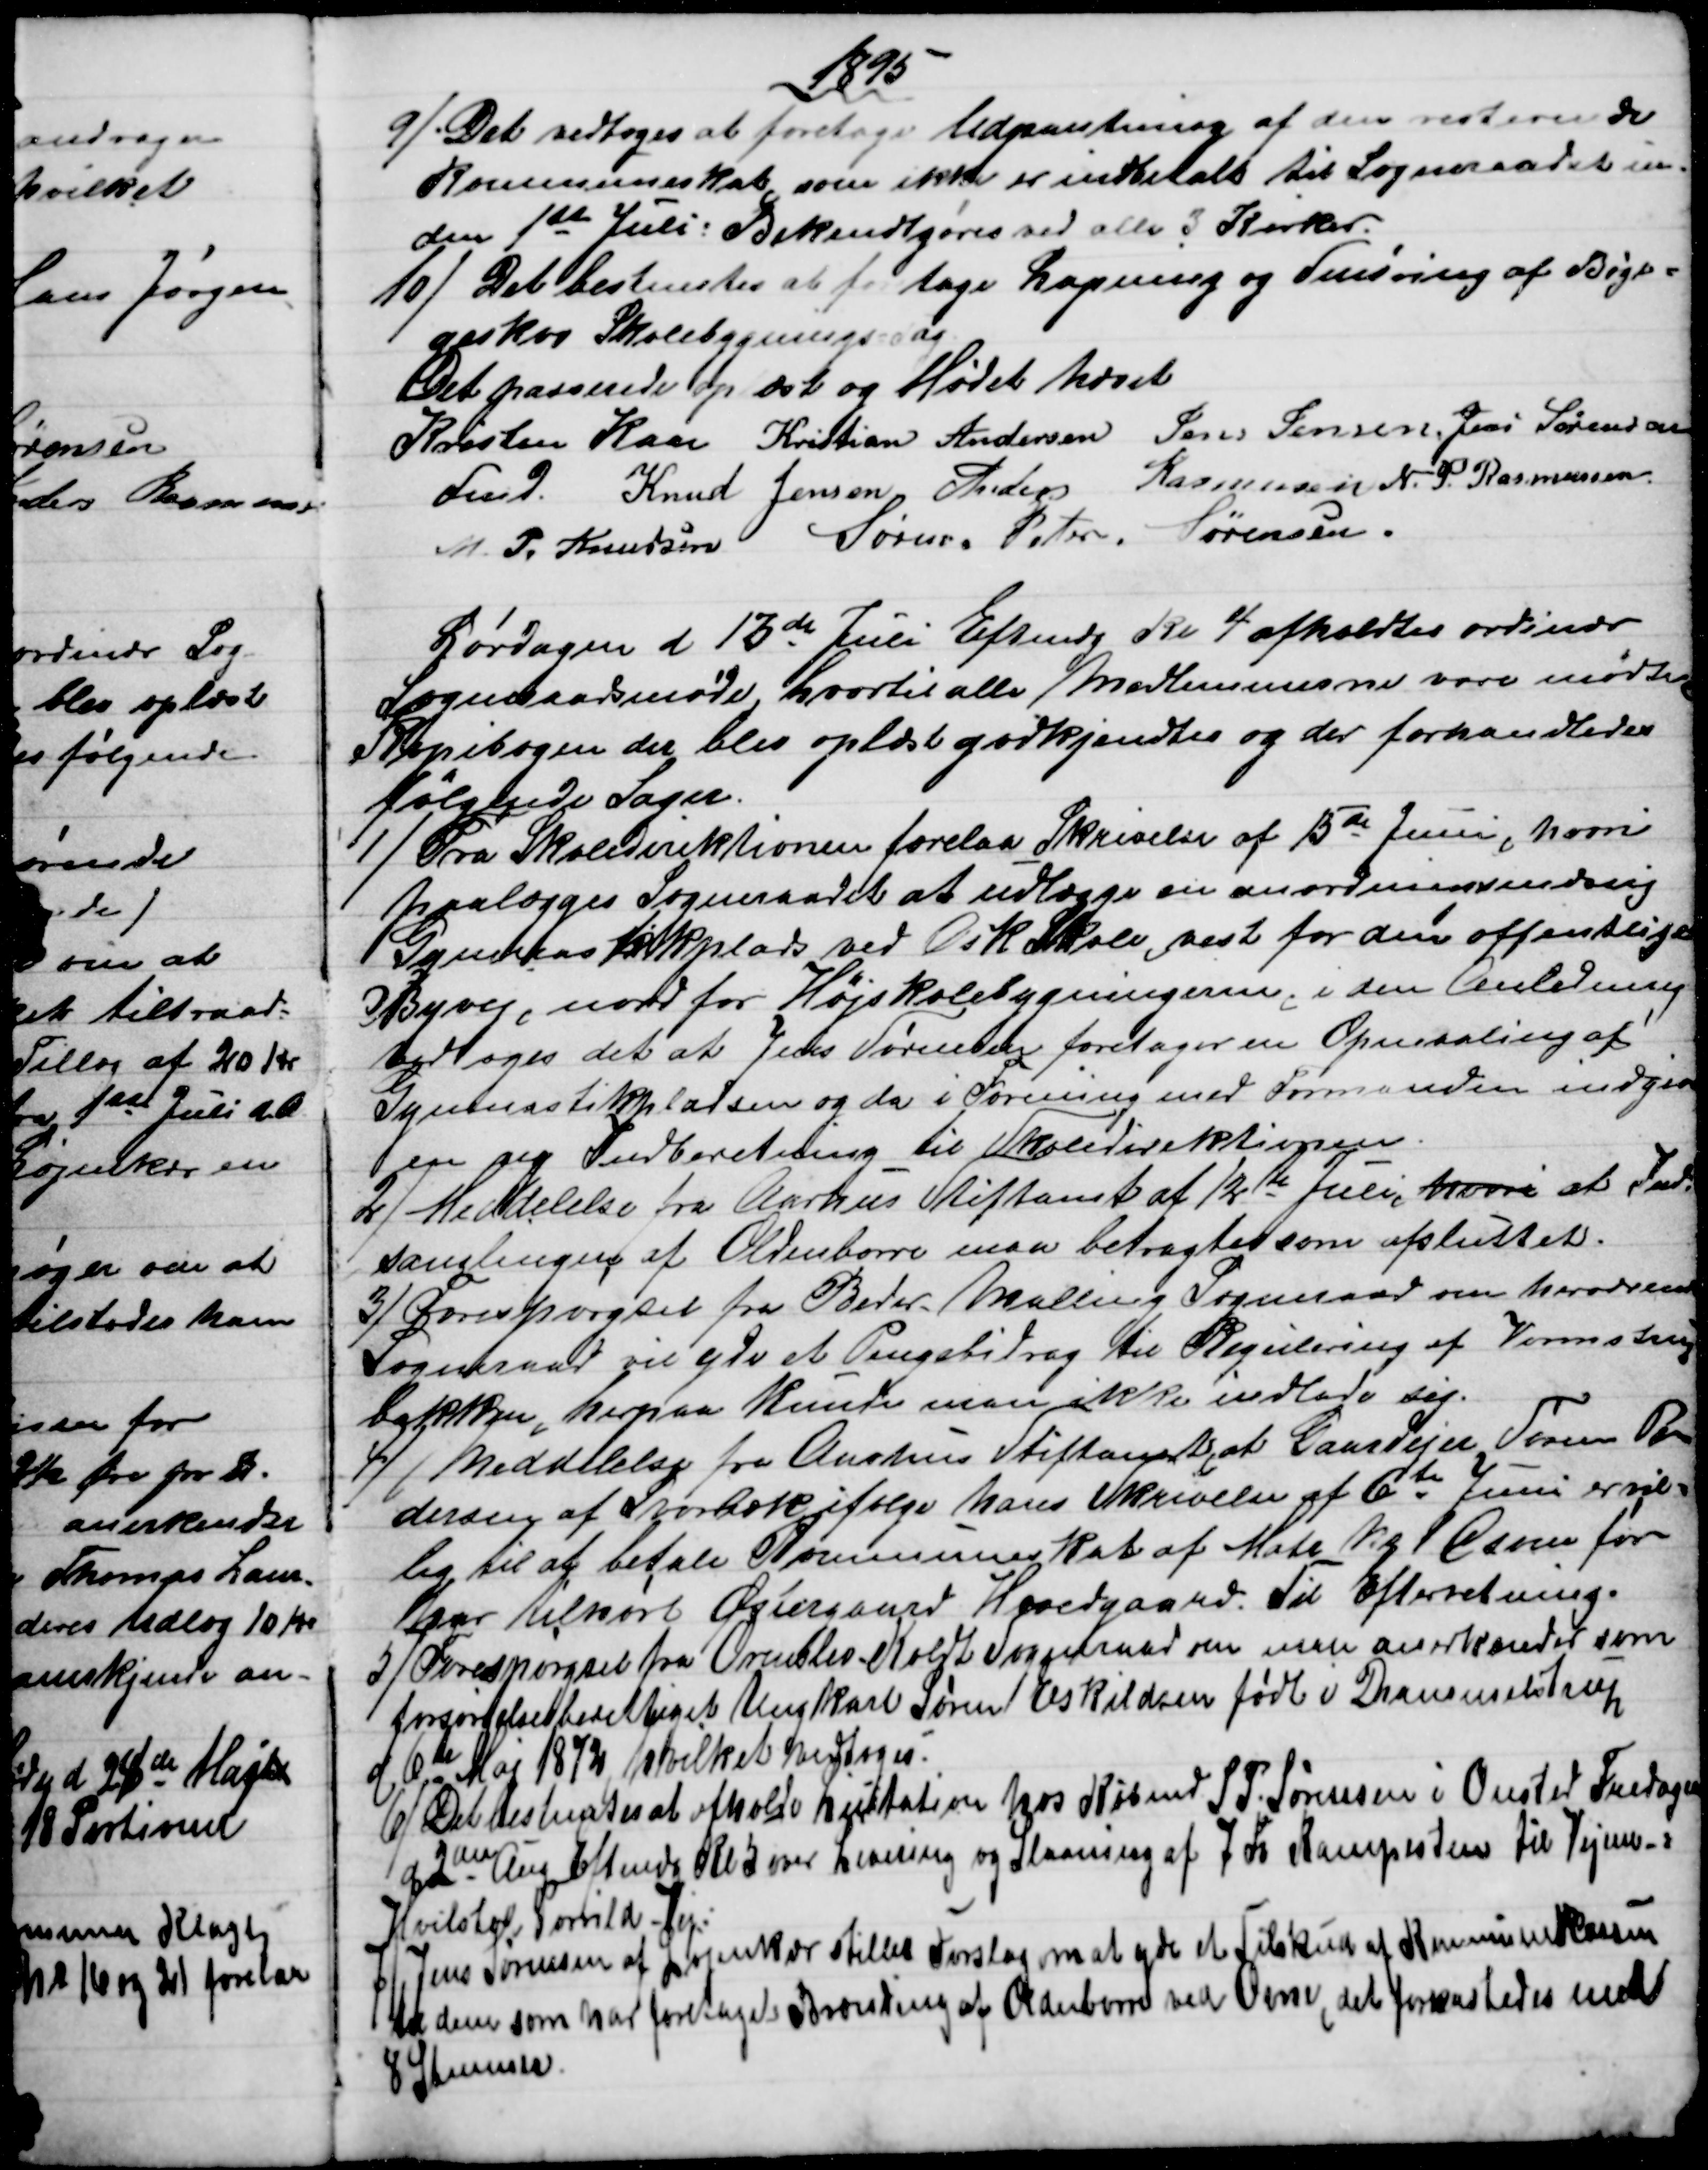
Transskription:
1895
9)
Det vedtoges at foretage Udpantning af den resterende
Kommuneskat som ikke er indbetalt til Sogneraadet in-
den 1ste Juli: Bekendtgøres ved alle 3 Kirker.
10)
Det bestemtes at foretage Lapning og Smøring af Bøge-
geskov Skolebygnings Tag
Det passerede oplæst og Mødet hævet
Kristen Kaae 
Fmd. 
Kristian Andersen Jens Jensen. Jens Sørensen
Knud Jensen Anders Rasmussen N. P. Rasmussen
M. P. Knudsen
Søren Peter Sørensen.
Lørdagen d 13de Juli Eftmdg Kl 4 afholdtes ordinær
Sogneraadsmøde, hvortil alle Medlemmerne vare mødte.
Kopibogen der blev oplæst godkjendtes og der forhandledes
følgende Sager.
1)
Fra Skoledirektionen forelaa Skrivelse af 15de Juni, hvori
paalægges Sogneraadet at udlægge en anordningsmæssig
Gymnastikplads ved Ask Skole, vest for den offentlige
 Byvej, nord for Højskolebygningerne, i den Anledning
vedtoges det at Jens Sørensen foretager en Opmaaling af
Gymnastikpladsen og da i Forening med Formanden indgive
en ny Indberetning til Skoledirektionen.
2)
Meddelelse fra Aarhus Stiftamt af 12te Juli, hvori at Ind
samlingen af Oldenborre maa betragtes som afsluttet.
3) 
Forespørgsel fra Beder-Malling Sogneraad om herværende
Sogneraad vil yde et Pengebidrag til Regulering af Vormstrup
bakken, herpaa kunde man ikke indlade sig.
4)
Meddelelse fra Aarhus Stiftamt, at Gaardejer Søren Pe
dersen af Svorbæk, ifølge hans Skrivelse af 6te Juni er vil=
lig til at betale Kommuneskat af Matr. № 1 C som før
har tilhørt Østergaard Hovedgaard. Til Efterretning.
5) 
Forespørgsel fra Ormslev-Koldt Sogneraad om man anerkender som
forsørgelsesberettiget Ungkarl Søren Eskildsen født i Drammelstrup
d. 6te Maj 1872, hvilket vedtoges.
6)
Det bestemtes at afholde Licitation hos Købmd S. P. Sørensen i Onsted Fredagen
d 2de Aug Eftmdg Kl 5 over Levering og Slaaning af 7 Fv Kampesten til Vejene- i
Hvilsted, Torrild - Vej:
7)
Jens Sørensen af Løjenkær stiller Forslag om at yde et Tilskud af Kommunekassen
til dem som har foretaget Brænding af Oldenborre ved Ovne, det forkastedes med
8 Stemmer.